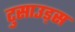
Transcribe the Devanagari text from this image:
टुसाउड्स